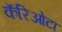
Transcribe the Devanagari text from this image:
कॅरिओटा